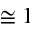
\cong 1